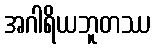
အဂါရိယဘူတဿ